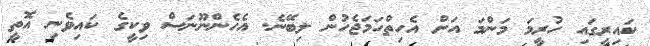
ކައިރީގައި ހުރީމަ މަންމަ އަށް އެހިތްހަމަޖެހުން ލިބޭނެ. އެހެންނޫނަސް ވިކީގެ ކައިވެނި އޮތީ